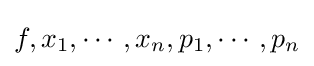
f,x_{1},\cdots ,x_{n},p_{1},\cdots ,p_{n}